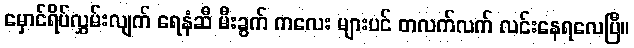
မှောင်ရိပ်လွှမ်းလျက် ရေနံဆီ မီးခွက် ကလေး များပင် တလက်လက် လင်းနေရလေပြီ။